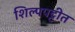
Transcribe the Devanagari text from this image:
शिल्पपट्टीत